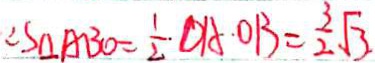
\therefore S _ { \Delta } A B O = \frac { 1 } { 2 } \cdot D A \cdot O B = \frac { 3 } { 2 } \sqrt { 3 } .